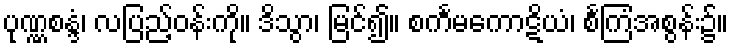
ပုဏ္ဏစန္ဒံ၊ လပြည့်ဝန်းကို။ ဒိသွာ၊ မြင်၍။ စင်္ကမကောဋိယံ၊ စင်္ကြံအစွန်း၌။